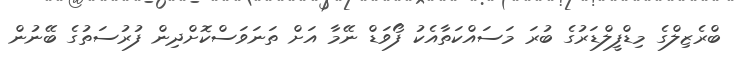
ބްރެޒިލްގެ މިޑްފީލްޑަރުގެ ބުރަ މަސައްކަތާއެކު ފޯވަޑް ނޭމާ އަށް ތަނަވަސްކޮށްދިން ފުރުސަތުގެ ބޭނުން